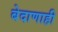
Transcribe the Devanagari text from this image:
बेदाणाही